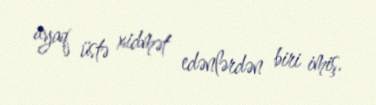
ayaq üstə xidmət edənlərdən biri imiş.